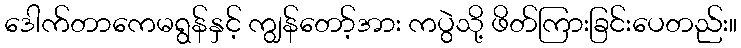
ဒေါက်တာကေမရွန်နှင့် ကျွန်တော့်အား ကပွဲသို့ ဖိတ်ကြားခြင်းပေတည်း။